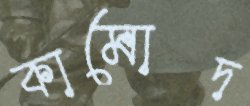
কামোদ